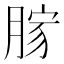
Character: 𦜸